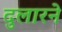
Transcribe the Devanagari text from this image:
दुलारने